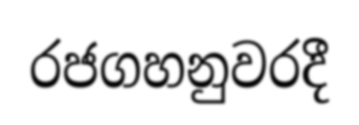
රජගහනුවරදී